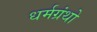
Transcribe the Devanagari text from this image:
धर्मग्रंथो